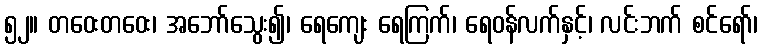
၅၂။ တဝေးတဝေး၊ အဘော်သွေး၍၊ ရေကျေး ရေကြက်၊ ရေဝန်လက်နှင့်၊ လင်းဘက် စင်ရော်၊